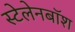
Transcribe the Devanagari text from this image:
स्टेलेनबॉश